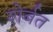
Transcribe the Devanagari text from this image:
शेर्बत